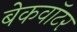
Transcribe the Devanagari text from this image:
बेकवॉटर